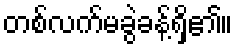
တစ်လက်မခွဲခန့်ရှိ၏။